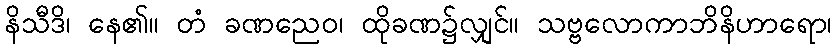
နိသီဒိ၊ နေ၏။ တံ ခဏညေဝ၊ ထိုခဏ၌လျှင်။ သဗ္ဗလောကာဘိနိဟာရော၊